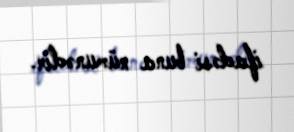
ifadəsi buna nümunədir.